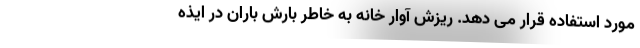
مورد استفاده قرار می دهد. ریزش آوار خانه به خاطر بارش باران در ایذه